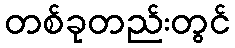
တစ်ခုတည်းတွင်